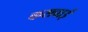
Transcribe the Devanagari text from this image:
कसवाई